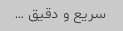
سریع و دقیق …